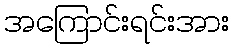
အကြောင်းရင်းအား